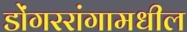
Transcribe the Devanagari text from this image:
डोंगररांगामधील